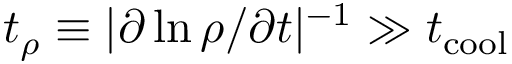
t _ { \rho } \equiv | \partial \ln \rho / \partial t | ^ { - 1 } \gg t _ { \mathrm { c o o l } }